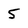
Character: 5